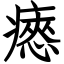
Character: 瘱